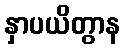
နှာပယိတွာန